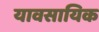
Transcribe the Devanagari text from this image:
यावसायिक